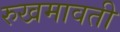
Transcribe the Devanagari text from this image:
रुखमावती